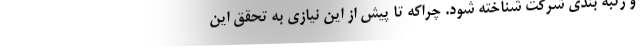
و رتبه بندی شرکت شناخته شود. چراکه تا پیش از این نیازی به تحقق این